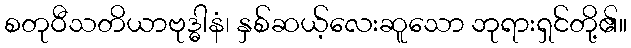
စတုဝီသတိယာဗုဒ္ဓါနံ၊ နှစ်ဆယ့်လေးဆူသော ဘုရားရှင်တို့၏။